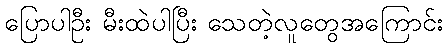
ပြောပါဦး မီးထဲပါပြီး သေတဲ့လူတွေအကြောင်း